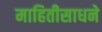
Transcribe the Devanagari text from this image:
माहितीसाधने